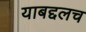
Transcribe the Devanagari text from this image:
याबद्दलच